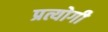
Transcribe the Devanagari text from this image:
प्रत्योगी